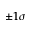
\pm 1 \sigma